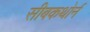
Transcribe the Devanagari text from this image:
सीबकथोर्न